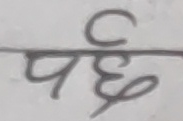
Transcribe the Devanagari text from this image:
पर्छ